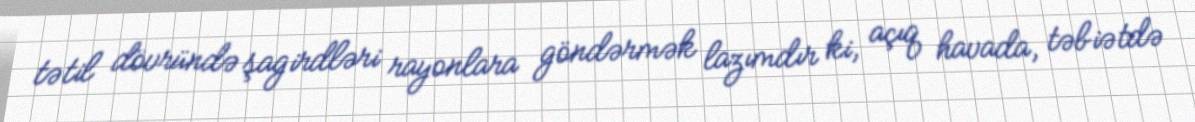
tətil dövründə şagirdləri rayonlara göndərmək lazımdır ki, açıq havada, təbiətdə